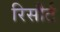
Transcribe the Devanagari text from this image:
रिसौर्ट